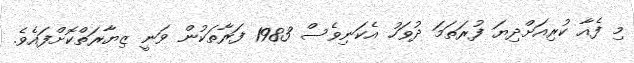
މި ފެއާ ކުރިއަށްދިޔަ ފުރަތަމަ ދުވަހު އެކަނިވެސް 1983 ފަރާތަކުން ވަނީ ޒިޔާރަތްކޮށްފައެވެ.